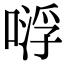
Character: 𠸷